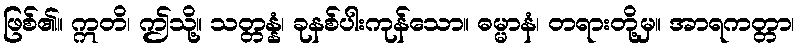
ဖြစ်၏။ ဣတိ၊ ဤသို့။ သတ္တန္နံ၊ ခုနစ်ပါးကုန်သော။ ဓမ္မာနံ၊ တရားတို့မှ။ အာရကတ္တာ၊